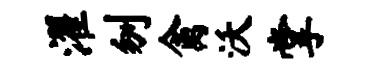
濯刎禽沃掌